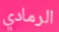
الرمادي